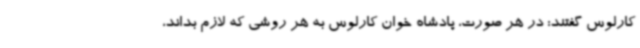
کارلوس گفتند: در هر صورت، پادشاه خوان کارلوس به هر روشی که لازم بداند،